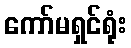
ကော်မရှင်ရုံး